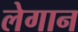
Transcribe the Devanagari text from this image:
लेगान